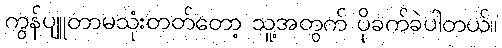
ကွန်ပျူတာမသုံးတတ်တော့ သူ့အတွက် ပိုခက်ခဲပါတယ်။